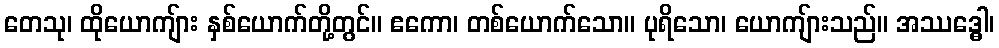
တေသု၊ ထိုယောကျ်ား နှစ်ယောက်တို့တွင်။ ဧကော၊ တစ်ယောက်သော။ ပုရိသော၊ ယောကျ်ားသည်။ အဿဒ္ဓေါ၊